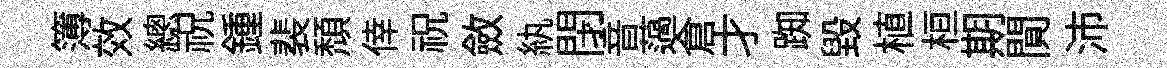
簿效總祝鍾裴頹倖祝斂紈閉音薖倉才踟毀植桓期閴沛